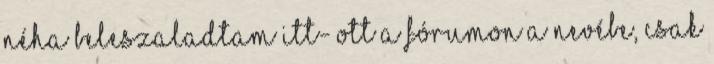
néha beleszaladtam itt- ott a fórumon a nevébe, csak